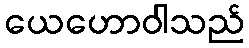
ယေဟောဝါသည်